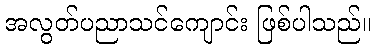
အလွတ်ပညာသင်ကျောင်း ဖြစ်ပါသည်။